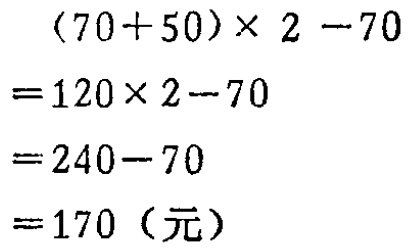
\((70 + 50)\times 2 - 70\)
\(= 120\times 2 - 70\)
\(= 240 - 70\)
\(= 170\)（元）